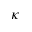
\kappa